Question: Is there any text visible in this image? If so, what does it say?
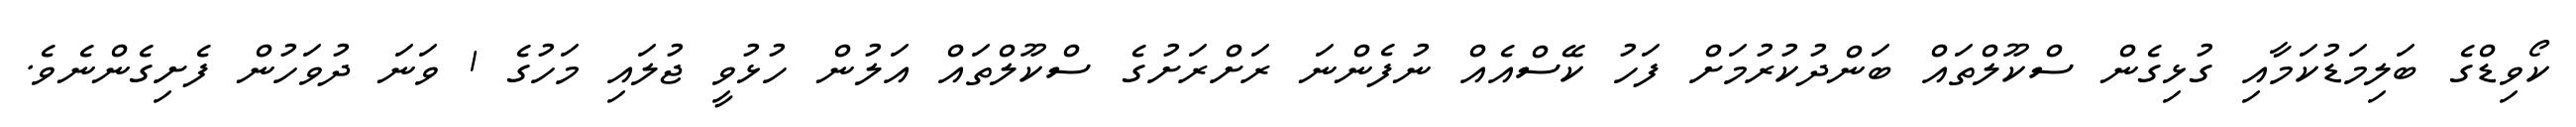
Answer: ކޯވިޑްގެ ބަލިމަޑުކަމާއި ގުޅިގެން ސްކޫލްތައް ބަންދުކުރުމަށް ފަހު ކޭސްއެއް ނުފެންނަ ރަށްރަށުގެ ސްކޫލްތައް އަލުން ހުޅުވީ ޖުލައި މަހުގެ 1 ވަނަ ދުވަހުން ފެށިގެންނެވެ.